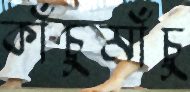
কাঁচুমাঁচু